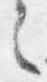
言